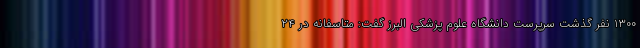
۱۳۰۰ نفر گذشت سرپرست دانشگاه علوم پزشکی البرز گفت: متاسفانه در ۲۴